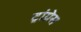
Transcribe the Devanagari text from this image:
ट्रांग्रेस